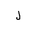
Letter: _lam